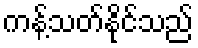
ကန့်သတ်နိုင်သည်